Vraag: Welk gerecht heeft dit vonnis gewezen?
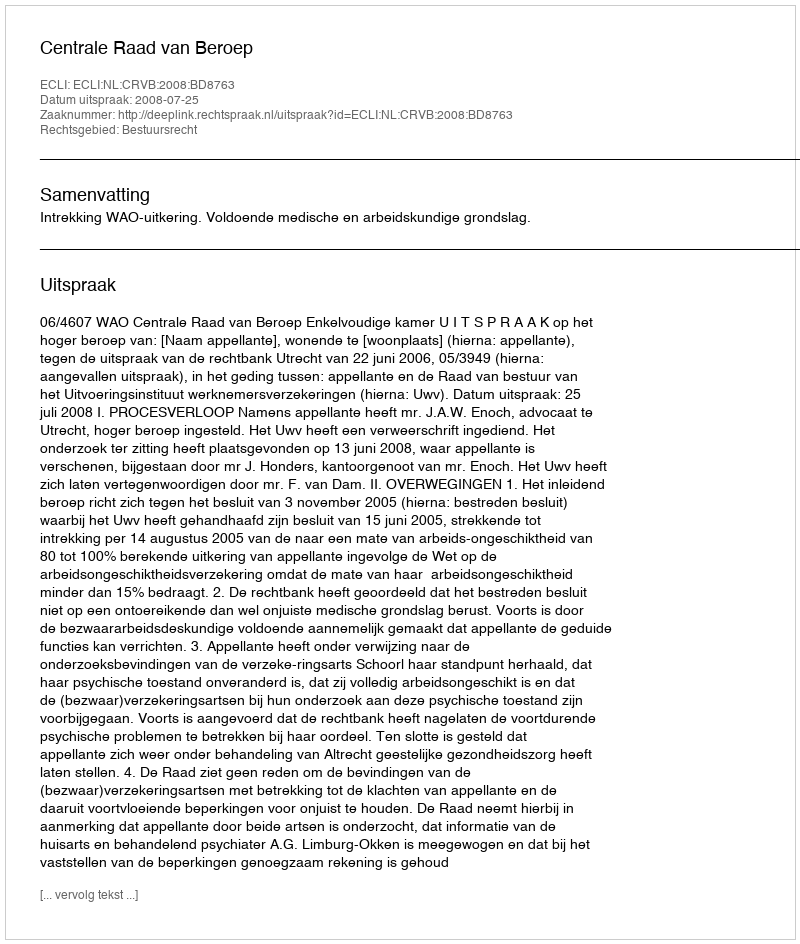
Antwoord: Centrale Raad van Beroep